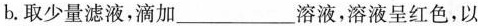
b。取少量滤液，滴加___溶液，溶液呈红色，以